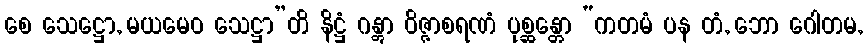
စေ သေဋ္ဌော, မယမေဝ သေဋ္ဌာ”တိ နိဋ္ဌံ ဂန္တွာ ဝိဇ္ဇာစရဏံ ပုစ္ဆန္တော “ကတမံ ပန တံ, ဘော ဂေါတမ,